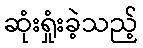
ဆုံးရှုံးခဲ့သည့်